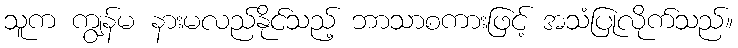
သူက ကျွန်မ နားမလည်နိုင်သည့် ဘာသာစကားဖြင့် အသံပြုလိုက်သည်။